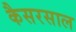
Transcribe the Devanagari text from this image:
कैसरसाल